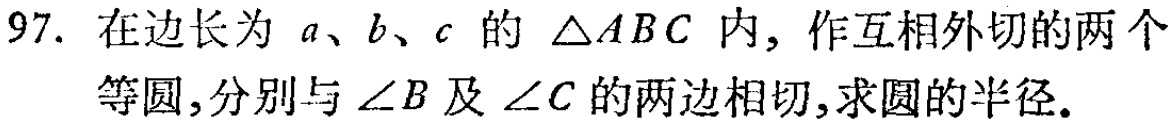
97. 在边长为 \(a、b、c\) 的 \(\triangle ABC\) 内，作互相外切的两个等圆，分别与 \(\angle B\) 及 \(\angle C\) 的两边相切，求圆的半径。